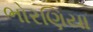
ભોરણિયા